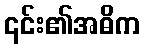
၎င်း၏အဓိက